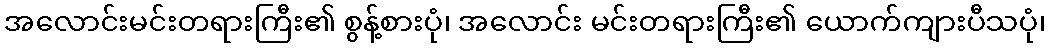
အလောင်းမင်းတရားကြီး၏ စွန့်စားပုံ၊ အလောင်း မင်းတရားကြီး၏ ယောက်ကျားပီသပုံ၊